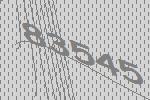
83545